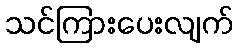
သင်ကြားပေးလျက်